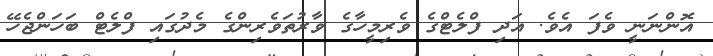
އޮންނަނީ ވެފަ އެވެ. އަދި ފްލެޓްގެ ވެރިމީހާގެ ވާރުތަވެރިންގެ މެދުގައި ފްލެޓް ބަހަންޖެހޭ